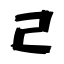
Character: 己